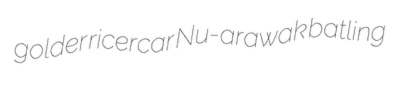
golder ricercar Nu-arawak batling